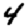
Digit: 4